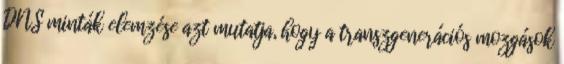
DNS minták elemzése azt mutatja, hogy a transzgenerációs mozgások